Report of the Indian Hemp Drugs Commission, 1894-1895 - Volume V
Year: 1894
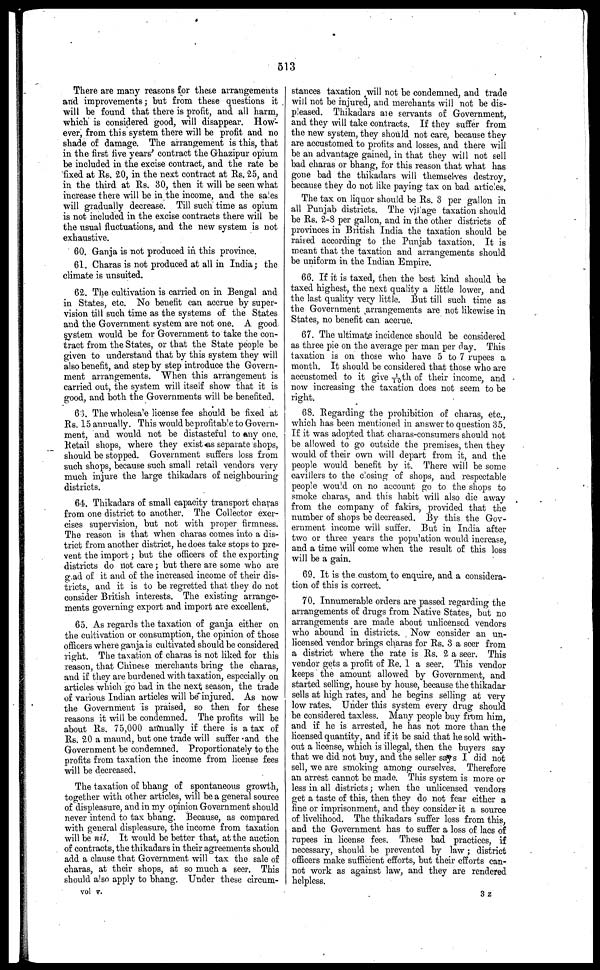
513
There are many reasons for these arrangements
and improvements ; but from these questions it
will be found that there is profit, and all harm,
which is considered good, will disappear. How-
ever, from this system there will be profit and no
shade of damage. The arrangement is this, that
in the first five years' contract the Ghazipur opium
be included in the excise contract, and the rate be
fixed at Rs. 20, in the next contract at Rs. 25, and
in the third at Rs. 30, then it will be seen what
increase there will be in the income, and the sales
will gradually decrease. Till such time as opium
is not included in the excise contracts there will be
the usual fluctuations, and the new system is not
exhaustive.
60. Ganja is not produced in this province.
61. Charas is not produced at all in India; the
climate is unsuited.
62. The cultivation is carried on in Bengal and
in States, etc. No benefit can accrue by super-
vision till such time as the systems of the States
and the Government system are not one. A good
system would be for Government to take the con-
tract from the States, or that the State people be
given to understand that by this system they will
also benefit, and step by step introduce the Govern-
ment arrangements. When this arrangement is
carried out, the system will itself show that it is
good. and both the Governments will be benefited.
63. The wholesale license fee should be fixed at
Rs. 15 annually. This would be profitable to Govern-
ment, and would not be distasteful to any one.
Retail shops, where they exist as separate shops,
should be stopped. Government suffers loss from
such shops, because such small retail vendors very
much injure the large thikadars of neighbouring
districts.
64. Thikadars of small capacity transport charas
from one district to another. The Collector exer-
cises supervision, but not with proper firmness.
The reason is that when charas comes into a dis-
trict from another district, he does take stops to pre-
vent the import; but the officers of the exporting
districts do not care ; but there are some who are
gad of it and of the increased income of their dis-
tricts, and it is to be regretted that they do not
consider British interests. The existing arrange-
ments governing export and import are excellent.
65. As regards the taxation of ganja either on
the cultivation or consumption, the opinion of those
officers where ganja is cultivated should be considered
right. The taxation of charas is not liked for this
reason, that Chinese merchants bring the charas,
and if they are burdened with taxation, especially on
articles which go bad in the next season, the trade
of various Indian articles will be injured. As now
the Government is praised, so then for these
reasons it will be condemned. The profits will be
about Rs. 75,000 annually if there is a tax of
Rs. 20 a maund, but one trade will suffer and the
Government be condemned. Proportionately to the
profits from taxation the income from license fees
will be decreased.
The taxation of bhang of spontaneous growth,
together with other articles, will be a general source
of displeasure, and in my opinion Government should
never intend to tax bhang. Because, as compared
with general displeasure, the income from taxation
will be nil. It would be better that, at the auction
of contracts, the thikadars in their agreements should
add a clause that Government will tax the sale of
charas, at their shops, at so much a seer. This
should also apply to bhang. Under these circum-
stances taxation will not be condemned, and trade
will not be injured, and merchants will not be dis-
pleased. Thikadars are servants of Government,
and they will take contracts. If they suffer from
the new system, they should not care, because they
are accustomed to profits and losses, and there will
be an advantage gained, in that they will not sell
bad charas or bhang, for this reason that what has
gone bad the thikadars will themselves destroy,
because they do not like paying tax on bad articles.
The tax on liquor should be Rs. 3 per gallon in
all Punjab districts. The vilage taxation should
be Rs. 2-8 per gallon, and in the other districts of
provinces in British India the taxation should be
raised according to the Punjab taxation. It is
meant that the taxation and arrangements should
be uniform in the Indian Empire.
66. If it is taxed, then the best kind should be
taxed highest, the next quality a little lower, and
the last quality very little. But till such time as
the Government arrangements are not likewise in
States, no benefit can accrue.
67. The ultimate incidence should be considered
as three pie on the average per man per day. This
taxation is on those who have 5 to 7 rupees a
month. It should be considered that those who are
accustomed to it give 1/10th of their income, and
now increasing the taxation does not seem to be
right.
68. Regarding the prohibition of charas, etc.,
which has been mentioned in answer to question 35.
If it. was adopted that charas-consumers should not
be allowed to go outside the premises, then they
would of their own will depart from it, and the
people would benefit by it. There will be some
cavillers to the closing of shops, and respectable
people would on no account go to the shops to
smoke charas, and this habit will also die away
from the company of fakirs, provided that the
number of shops be decreased. By this the Gov-
ernment income will suffer. But in India after
two or three years the population would increase,
and a time will come when the result of this loss
will be a gain.
69. It is the custom; to enquire, and a considera-
tion of this is correct.
70. Innumerable orders are passed regarding the
arrangements of drugs from Native States, but no
arrangements are made about unlicensed vendors
who abound in districts. Now consider an un-
licensed vendor brings charas for Rs. 3 a seer from
a district where the rate is Rs. 2 a seer. This
vendor gets a profit of Re. 1 a seer. This vendor
keeps the amount allowed by Government, and
started selling, house by house, because the thikadar
sells at high rates, and he begins selling at very
low rates. Under this system every drug should
be considered taxless. Many people buy from him,
and if he is arrested, he has not more than the
licensed quantity, and if it be said that he sold with-
out a license, which is illegal, then the buyers say
that we did not buy, and the seller says I did not
sell, we are smoking among ourselves. Therefore
an arrest cannot be made. This system is more or
less in all districts; when the unlicensed vendors
get a taste of this, then they do not fear either a
fine or imprisonment, and they consider it a source
of livelihood. The thikadars suffer loss from this,
and the Government has to suffer a loss of lacs of
rupees in license fees. These bad practices, if
necessary, should be prevented by law ; district
officers make sufficient efforts, but their efforts can-
not work as against law, and they are rendered
helpless.
vol 7.
3z